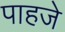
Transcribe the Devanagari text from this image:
पाहजे